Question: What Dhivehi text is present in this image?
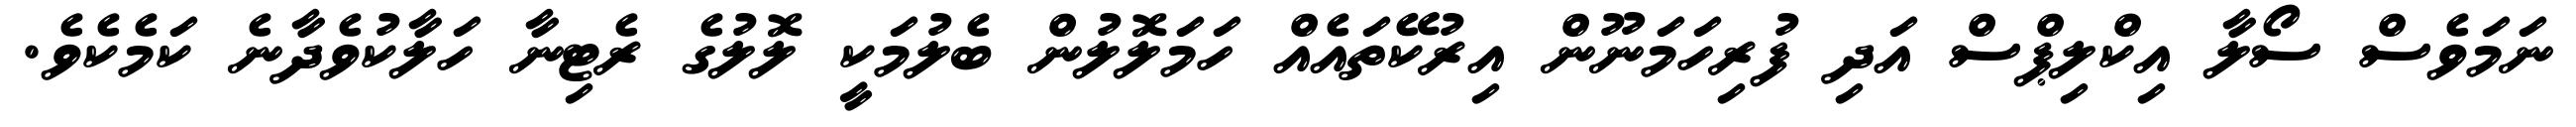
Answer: ނަމަވެސް ސޯލާ އިކްލިޕްސް އަދި ފުރިހަމަނޫން އިރުކޭތައެއް ހަމަލޮލުން ބެލުމަކީ ލޮލުގެ ރެޓިނާ ހަލާކުވެދާނެ ކަމެކެވެ.